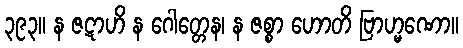
၃၉၃။ န ဇဋာဟိ န ဂေါတ္တေန၊ န ဇစ္စာ ဟောတိ ဗြာဟ္မဏော။